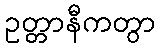
ဥတ္တာနီကတွာ